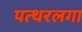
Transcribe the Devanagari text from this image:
पत्थरलगा